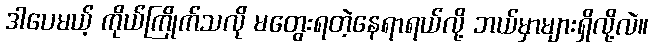
ဒါပေမယ့် ကိုယ်ကြိုက်သလို မတွေးရတဲ့နေရာရယ်လို့ ဘယ်မှာများရှိလို့လဲ။